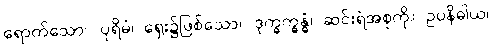
ရောက်သော။ ပုရိမံ၊ ရှေး၌ဖြစ်သော။ ဒုက္ခက္ခန္ဓံ၊ ဆင်းရဲအစုကို။ ဥပနိဓါယ၊